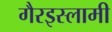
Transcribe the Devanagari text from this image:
गैरइस्लामी